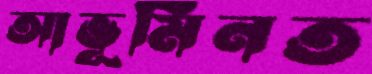
আভূমিনত